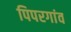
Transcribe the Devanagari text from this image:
पिपरगांव